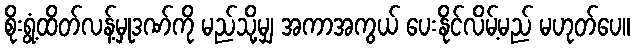
စိုးရွံ့ထိတ်လန့်မှုဒဏ်ကို မည်သို့မျှ အကာအကွယ် ပေးနိုင်လိမ့်မည် မဟုတ်ပေ။